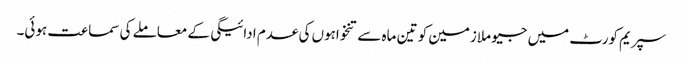
سپریم کورٹ میں جیو ملازمین کو تین ماہ سے تنخواہوں کی عدم ادائیگی کے معاملے کی سماعت ہوئی۔